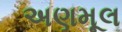
અણમૂલ